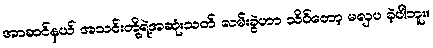
အာဆင်နယ် အသင်းတို့ရဲ့အဆုံးသတ် လမ်းခွဲဟာ သိပ်တော့ မလှပ ခဲ့ပါဘူး။